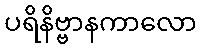
ပရိနိဗ္ဗာနကာလော